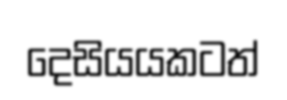
දෙසියයකටත්